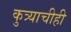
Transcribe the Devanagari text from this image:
कुत्र्याचीही